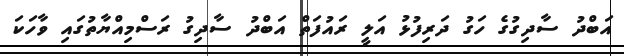
އަބްދު ސާދިގުގެ ހަގު ދަރިފުޅު އަލީ ރައުފަތް އަބްދު ސާދިގު ރަސްމިއްޔާތުގައި ވާހަކަ